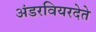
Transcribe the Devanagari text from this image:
अंडरवियरदेते